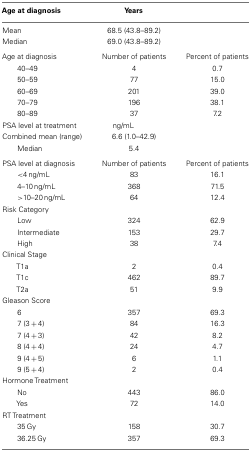
| Age at diagnosis | Years |  |
 | --- | --- | --- |
 | Mean | 68.5 (43.8–89.2) |  |
 | Median | 69.0 (43.8–89.2) |  |
 | Age at diagnosis | Number of patients | Percent of patients |
 | 40–49 | 4 | 0.7 |
 | 50–59 | 77 | 15.0 |
 | 60–69 | 201 | 39.0 |
 | 70–79 | 196 | 38.1 |
 | 80–89 | 37 | 7.2 |
 | PSA level at treatment | ng/mL |  |
 | Combined mean (range) | 6.6 (1.0–42.9) |  |
 | Median | 5.4 |  |
 | PSA level at diagnosis | Number of patients | Percent of patients |
 | <4 ng/mL | 83 | 16.1 |
 | 4–10 ng/mL | 368 | 71.5 |
 | >10–20 ng/mL | 64 | 12.4 |
 | <COLSPAN=3> Risk Category |
 | Low | 324 | 62.9 |
 | Intermediate | 153 | 29.7 |
 | High | 38 | 7.4 |
 | <COLSPAN=3> Clinical Stage |
 | T1a | 2 | 0.4 |
 | T1c | 462 | 89.7 |
 | T2a | 51 | 9.9 |
 | <COLSPAN=3> Gleason Score |
 | 6 | 357 | 69.3 |
 | 7 (3 + 4) | 84 | 16.3 |
 | 7 (4 + 3) | 42 | 8.2 |
 | 8 (4 + 4) | 24 | 4.7 |
 | 9 (4 + 5) | 6 | 1.1 |
 | 9 (5 + 4) | 2 | 0.4 |
 | <COLSPAN=3> Hormone Treatment |
 | No | 443 | 86.0 |
 | Yes | 72 | 14.0 |
 | <COLSPAN=3> RT Treatment |
 | 35 Gy | 158 | 30.7 |
 | 36.25 Gy | 357 | 69.3 |